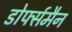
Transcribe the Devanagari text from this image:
डोर्फ्समैन